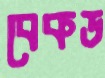
বেকড